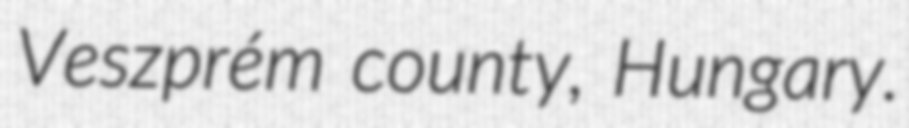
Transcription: Veszprém county, Hungary.